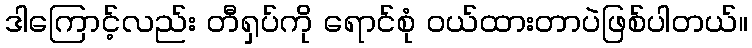
ဒါကြောင့်လည်း တီရှပ်ကို ရောင်စုံ ဝယ်ထားတာပဲဖြစ်ပါတယ်။